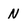
Character: N